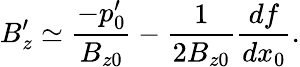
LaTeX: B_{z}^{\prime}\simeq\frac{-p_{0}^{\prime}}{B_{z0}}-\frac{1}{2B_{z0}}\frac{df}{dx_{0}}.